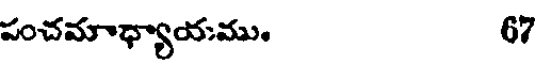
పంచమాధ్యాయము. 67